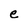
Character: e